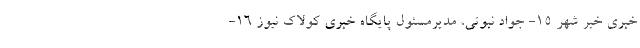
خبری خبر شهر 15- جواد نبوتی، مدیرمسئول پایگاه خبری کولاک نیوز 16-